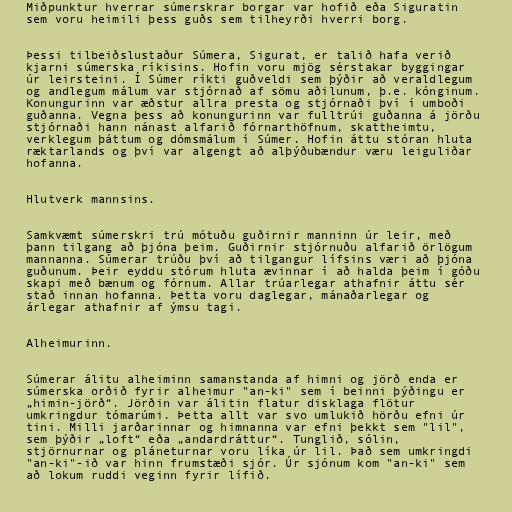
Miðpunktur hverrar súmerskrar borgar var hofið eða Siguratin
sem voru heimili þess guðs sem tilheyrði hverri borg.

Þessi tilbeiðslustaður Súmera, Sigurat, er talið hafa verið
kjarni súmerska ríkisins. Hofin voru mjög sérstakar byggingar
úr leirsteini. Í Súmer ríkti guðveldi sem þýðir að veraldlegum
og andlegum málum var stjórnað af sömu aðilunum, þ.e. kónginum.
Konungurinn var æðstur allra presta og stjórnaði því í umboði
guðanna. Vegna þess að konungurinn var fulltrúi guðanna á jörðu
stjórnaði hann nánast alfarið fórnarthöfnum, skattheimtu,
verklegum þáttum og dómsmálum í Súmer. Hofin áttu stóran hluta
ræktarlands og því var algengt að alþýðubændur væru leiguliðar
hofanna.

Hlutverk mannsins.

Samkvæmt súmerskri trú mótuðu guðirnir manninn úr leir, með
þann tilgang að þjóna þeim. Guðirnir stjórnuðu alfarið örlögum
mannanna. Súmerar trúðu því að tilgangur lífsins væri að þjóna
guðunum. Þeir eyddu stórum hluta ævinnar í að halda þeim í góðu
skapi með bænum og fórnum. Allar trúarlegar athafnir áttu sér
stað innan hofanna. Þetta voru daglegar, mánaðarlegar og
árlegar athafnir af ýmsu tagi.

Alheimurinn.

Súmerar álitu alheiminn samanstanda af himni og jörð enda er
súmerska orðið fyrir alheimur "an-ki" sem í beinni þýðingu er
„himin-jörð“. Jörðin var álitin flatur disklaga flötur
umkringdur tómarúmi. Þetta allt var svo umlukið hörðu efni úr
tini. Milli jarðarinnar og himnanna var efni þekkt sem "lil",
sem þýðir „loft“ eða „andardráttur“. Tunglið, sólin,
stjörnurnar og pláneturnar voru líka úr lil. Það sem umkringdi
"an-ki"-ið var hinn frumstæði sjór. Úr sjónum kom "an-ki" sem
að lokum ruddi veginn fyrir lífið.